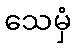
သေမှံ